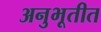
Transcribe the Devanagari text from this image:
अनुभूतीत